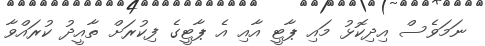
ނަމަވެސް އިދިކޮޅު މައި ޕާޓީ އާއި އެ ޕާޓީގެ ފިކުރަށް ތާއީދު ކުރައްވާ